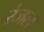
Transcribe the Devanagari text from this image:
रंजल